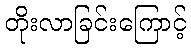
တိုးလာခြင်းကြောင့်